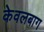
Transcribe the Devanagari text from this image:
केवलबाग